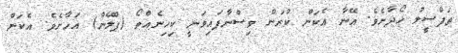
ތަފްސީލު ހޯދާށެވެ. އޭނާ އެކަން ކުރަން ވިސްނާފައިވަނީ ކިހިނެއްތޯ (ޕްލޭން) އަހާށެވެ. އެކަން